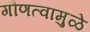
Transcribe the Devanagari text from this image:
गौणत्वामुळे